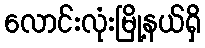
လောင်းလုံးမြို့နယ်ရှိ